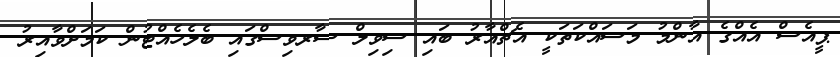
ޕީއެސް އެއްގެ އާންމު މަސައްކަތަކީ އެޗްއާރު ބައި ސިވިލް ސާރވިސްގައި ބެލެހެއްޓުން ކަމަށްވާއިރު